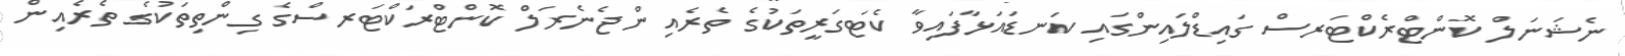
ނެޝަނަލް ކޮންޓްރެކްޓަރސް ގައިޑްލައިންގައި ކަނޑައަޅާފައިވާ ކެޓަގަރީތަކުގެ ތެރެއިން ޖެނެރަލް ކޮންޓްރަކްޓަރސްގެ ގިންތިތަކުގެ ތެރެއިން